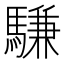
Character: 𫘕